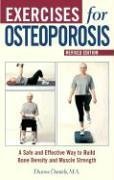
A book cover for Exercises for Osteoporosis: A Safe and Effective Way to Build Bone Density and Muscle Strength, Revised Edition; Dianne Daniels; Health, Fitness & Dieting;